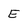
Character: E